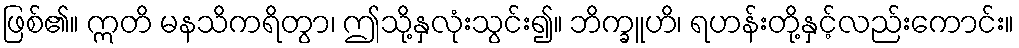
ဖြစ်၏။ ဣတိ မနသိကရိတွာ၊ ဤသို့နှလုံးသွင်း၍။ ဘိက္ခူဟိ၊ ရဟန်းတို့နှင့်လည်းကောင်း။